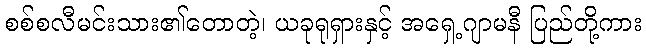
စစ်စလီမင်းသား၏တောတဲ့၊ ယခုရုရှားနှင့် အရှေ့ဂျာမနီ ပြည်တို့ကား